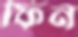
ফিন